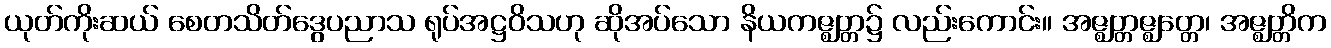
ယုတ်ကိုးဆယ် စေတသိတ်ဒွေပညာသ ရုပ်အဋ္ဌဝိသဟု ဆိုအပ်သော နိယကဇ္ဈတ္တ၌ လည်းကောင်း။ အဇ္ဈတ္တဇ္ဈတ္တေ၊ အဇ္ဈတ္တိက